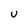
Character: U